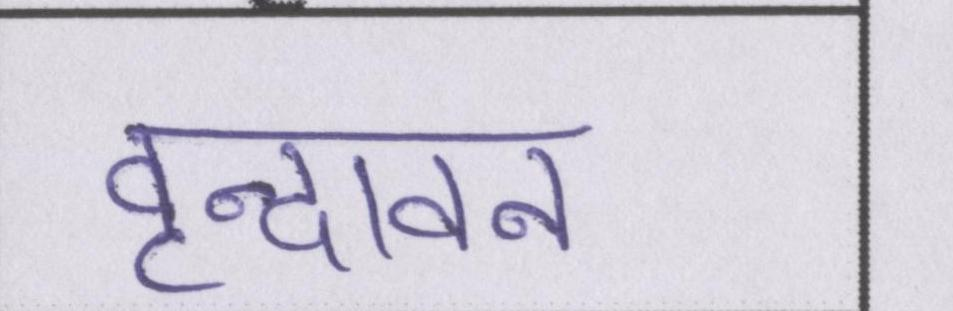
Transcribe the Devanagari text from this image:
वृन्दावन